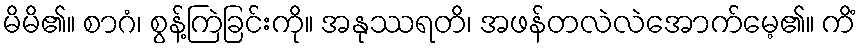
မိမိ၏။ စာဂံ၊ စွန့်ကြဲခြင်းကို။ အနုဿရတိ၊ အဖန်တလဲလဲအောက်မေ့၏။ ကိံ